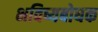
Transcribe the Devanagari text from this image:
भविष्यबोधक